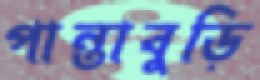
পান্তাবুড়ি